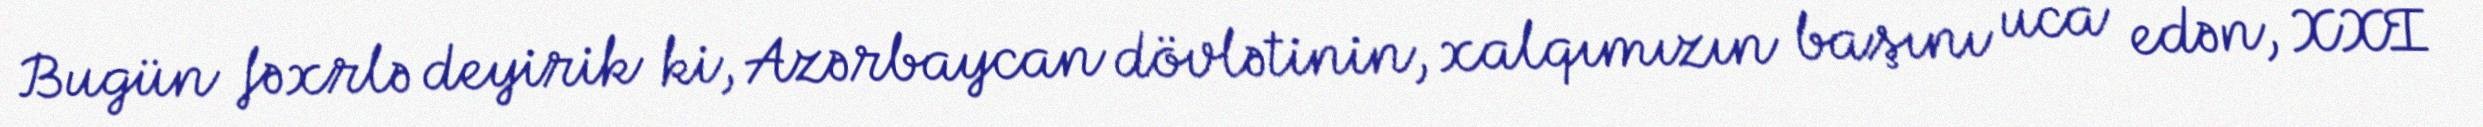
Bugün fəxrlə deyirik ki, Azərbaycan dövlətinin, xalqımızın başını uca edən, XXI